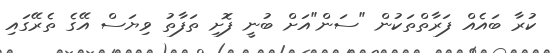
ކުރާ ބައެއް ފަރާތްތަކުން "ސަން"އަށް ބުނީ ފޮށި ތަފާތު ވިޔަސް އޭގެ ތެރޭގައި